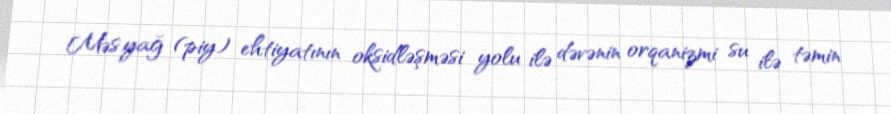
Məs.yağ (piy) ehtiyatının oksidləşməsi yolu ilə dəvənin orqanizmi su ilə təmin